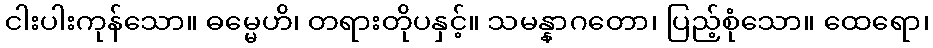
ငါးပါးကုန်သော။ ဓမ္မေဟိ၊ တရားတိုပနှင့်။ သမန္နာဂတော၊ ပြည့်စုံသော။ ထေရော၊